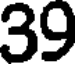
39